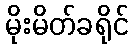
မိုးမိတ်ခရိုင်